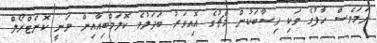
ނަމަވެސް ހާފުގެ ވަކި ހިސާބަކުން މެޗުގެ އޮއިވަރު ބަދަލުވެ ކޮލަމްބިއާއިން ވަނީ ކޮންޓްރޯލް